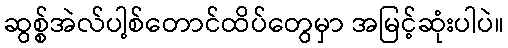
ဆွစ္စ်အဲလ်ပါ့စ်တောင်ထိပ်တွေမှာ အမြင့်ဆုံးပါပဲ။